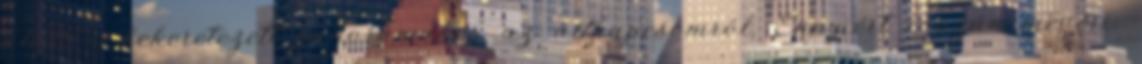
alatt a bekeretezett panorámakép az állkapcsomról. Ennyiért igazán megéri.